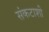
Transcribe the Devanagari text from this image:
संकटाशी